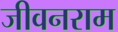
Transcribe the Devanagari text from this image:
जीवनराम